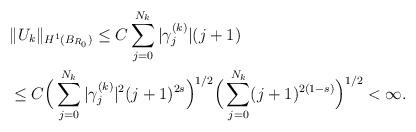
LaTeX: \begin{align*}&\|U_k\|_{H^1(B_{R_0})}\le C\sum_{j=0}^{N_k}|\gamma_j^{(k)}|(j+1)\\&\le C\Big(\sum_{j=0}^{N_k}|\gamma_j^{(k)}|^2(j+1)^{2s}\Big)^{1/2}\Big(\sum_{j=0}^{N_k}(j+1)^{2(1-s)}\Big)^{1/2}<\infty.\end{align*}